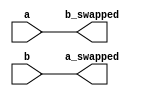
module swapped(
    input [19:0] a,
    input [19:0] b,
    output reg [19:0] a_swapped,
    output reg [19:0] b_swapped
);

    integer i;

    always @(a or b) begin
        for (i = 0; i < 20; i = i + 1) begin
            a_swapped[i] <= b[i];
            b_swapped[i] <= a[i];
        end
    end

endmodule